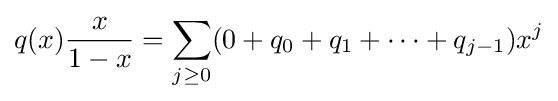
q(x){\frac {x}{1-x}}=\sum _{j\geq 0}(0+q_{0}+q_{1}+\cdots +q_{j-1})x^{j}